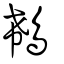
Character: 鵗